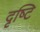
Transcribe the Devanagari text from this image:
दृष्‍टि